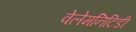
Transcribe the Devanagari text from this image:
वेलेमनिटिडी